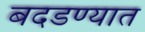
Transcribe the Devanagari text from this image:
बदडण्यात